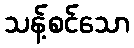
သန့်စင်သော